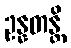
ဥန္နတန္တိ